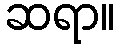
ဆရာ။